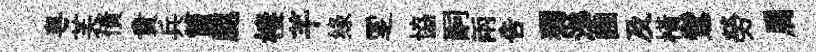
粵芙債貴兵箇腮棲芊绿覂協嗣兩吿獨涕豳及橫鸞勞肩